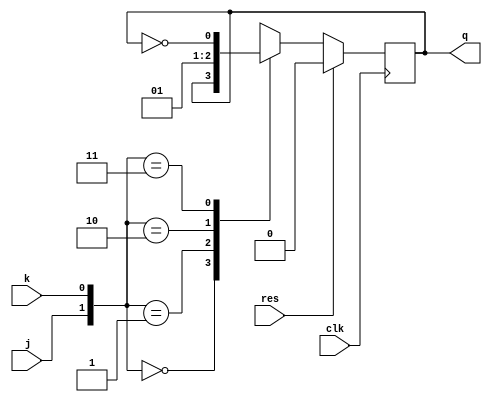
module Q3(j, k, clk, res, q);
	input j, k, clk, res;
	output reg q;
	always @(posedge clk)
	begin
		if(res)
			q<=0;
		else
			case({j, k})
				0: q<=q;
				1: q<=0;
				2: q<=1;
				3: q<=~q;
			endcase
	end
endmodule